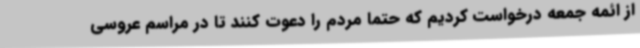
از ائمه جمعه درخواست کردیم که حتما مردم را دعوت کنند تا در مراسم عروسی